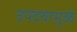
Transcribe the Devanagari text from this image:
उपद्रवामुळे